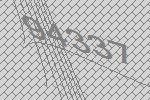
94337